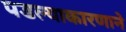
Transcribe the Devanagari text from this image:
पडल्याकारणाने